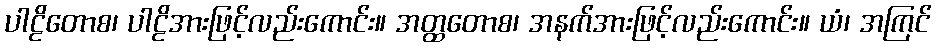
ပါဠိတောစ၊ ပါဠိအားဖြင့်လည်းကောင်း။ အတ္ထတောစ၊ အနက်အားဖြင့်လည်းကောင်း။ ယံ၊ အကြင်